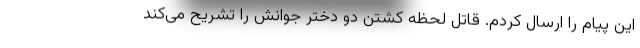
این پیام را ارسال کردم. قاتل لحظه کشتن دو دختر جوانش را تشریح می‌کند